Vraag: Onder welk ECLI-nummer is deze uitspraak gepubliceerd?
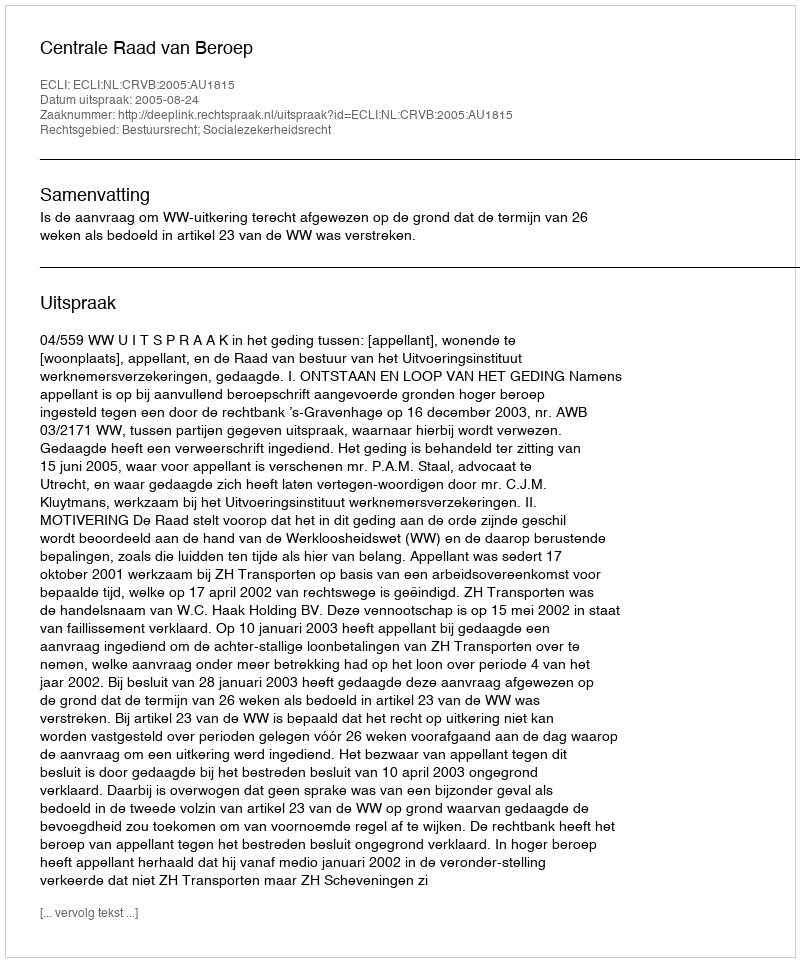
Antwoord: ECLI:NL:CRVB:2005:AU1815